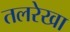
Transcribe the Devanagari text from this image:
तलरेखा